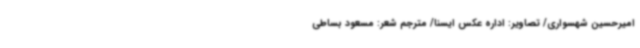
امیرحسین شهسواری/ تصاویر: اداره عکس ایسنا/ مترجم شعر: مسعود بساطی